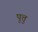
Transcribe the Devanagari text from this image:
पुत्तु